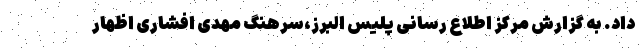
داد. به گزارش مرکز اطلاع رسانی پلیس البرز،سرهنگ مهدی افشاری اظهار